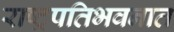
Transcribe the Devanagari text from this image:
राष्ट्रपतिभवनात